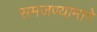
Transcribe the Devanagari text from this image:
समजण्यामागे